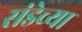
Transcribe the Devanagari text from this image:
संडेच्या